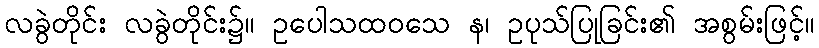
လခွဲတိုင်း လခွဲတိုင်း၌။ ဥပေါသထဝသေ န၊ ဥပုသ်ပြုခြင်း၏ အစွမ်းဖြင့်။